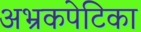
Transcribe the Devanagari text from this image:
अभ्रकपेटिका